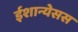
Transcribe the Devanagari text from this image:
ईशान्येसस